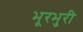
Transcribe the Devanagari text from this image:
भूरभुरी